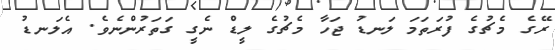
ރޭގެ މެޗުގެ ފުރަތަމަ ލަނޑު ޖަހާ މެޗުގެ ލީޑް ނެގީ ގަތަރުންނެވެ. އެލަނޑު